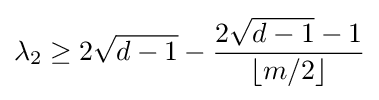
\lambda _{2}\geq 2{\sqrt {d-1}}-{\frac {2{\sqrt {d-1}}-1}{\lfloor m/2\rfloor }}